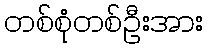
တစ်စုံတစ်ဦးအား